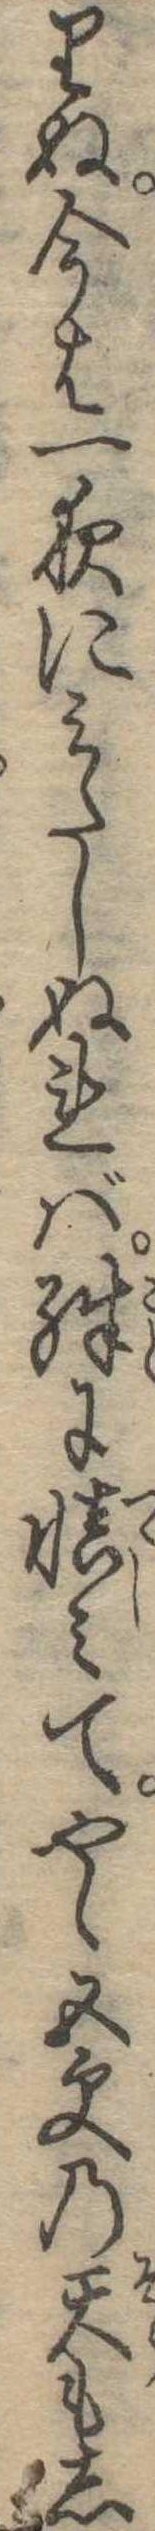
りぬ今は一夜にみたしぬれば殊に慎みてやゝ五更の天もし